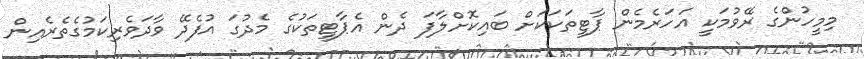
މިމީހުންގެ ރޭވުމަކީ އަހަރެމެން ޕާޓީތަކަކަށް ބައިކޮށްލާފަ ދެން އެޕާޓީތަކުގެ މެދުގަ އުފެދޭ ވާދަވެރިކަމުގެތެރެއިން